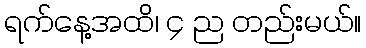
ရက်နေ့အထိ၊ ၄ ည တည်းမယ်။